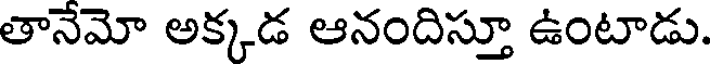
తానేమో అక్కడ ఆనందిస్తూ ఉంటాడు.